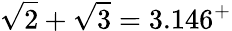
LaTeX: {\sqrt{2}}+{\sqrt{3}}=3.146^{+}